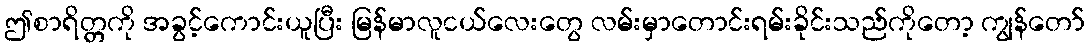
ဤစာရိတ္တကို အခွင့်ကောင်းယူပြီး မြန်မာလူငယ်လေးတွေ လမ်းမှာတောင်းရမ်းခိုင်းသည်ကိုတော့ ကျွန်တော်